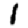
Digit: 1